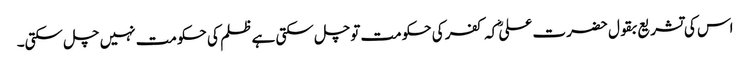
اس کی تشریع بقول حضرت علیؓ کہ کفر کی حکومت توچل سکتی ہے ظلم کی حکومت نہیں چل سکتی۔